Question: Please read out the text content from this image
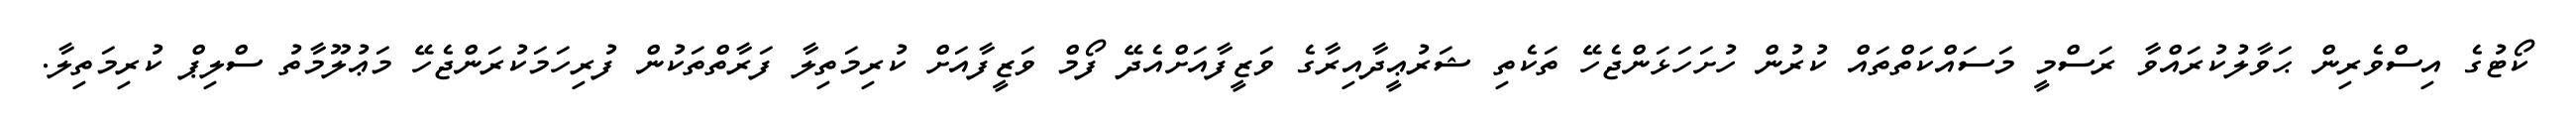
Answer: ކޯޓުގެ އިސްވެރިން ޙަވާލުކުރައްވާ ރަސްމީ މަސައްކަތްތައް ކުރުން ހުށަހަޅަންޖެހޭ ތަކެތި ޝަރުޢީދާއިރާގެ ވަޒީފާއަށްއެދޭ ފޯމް ވަޒީފާއަށް ކުރިމަތިލާ ފަރާތްތަކުން ފުރިހަމަކުރަންޖެހޭ މަޢުލޫމާތު ސްލިޕް ކުރިމަތިލާ.